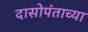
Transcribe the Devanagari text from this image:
दासोपंताच्या